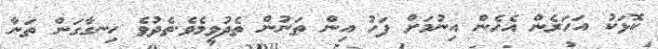
ކޮޅަކު އަހަރެން އެހެން އިނުމަށް ފަހު އިން ތަނުން ތެދުވީމެވެ.ތެދުވެ ހިނގާގަން ތަނާ